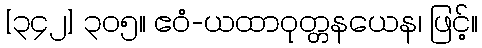
[၃၄၂] ၃၀၅။ ဧဝံ-ယထာဝုတ္တနယေန၊ ဖြင့်။